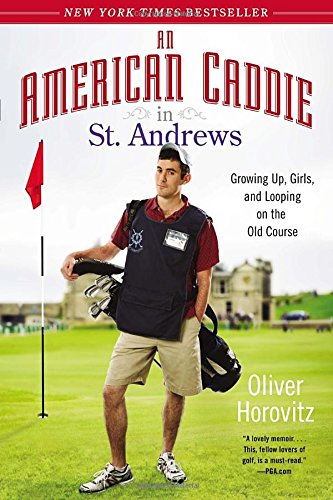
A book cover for An American Caddie in St. Andrews: Growing Up, Girls, and Looping on the Old Course; Oliver Horovitz; Biographies & Memoirs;